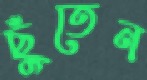
ছুঁতেন